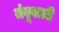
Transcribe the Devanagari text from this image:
तंबूवाली